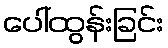
ပေါ်ထွန်းခြင်း